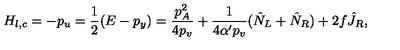
H _ { l , c } = - p _ { u } = \frac { 1 } { 2 } ( E - p _ { y } ) = \frac { p _ { A } ^ { 2 } } { 4 p _ { v } } + \frac { 1 } { 4 \alpha ^ { \prime } p _ { v } } ( \hat { N } _ { L } + \hat { N } _ { R } ) + 2 f \hat { J } _ { R } ,